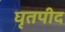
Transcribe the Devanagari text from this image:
घृतपीद